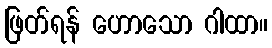
ဖြတ်ရန် ဟောသော ဂါထာ။